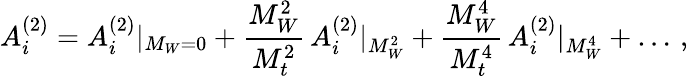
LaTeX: A_{i}^{(2)}=A_{i}^{(2)}|_{M_{W}=0}+{\frac{M_{W}^{2}}{M_{t}^{2}}}\, A_{i}^{(2)}|_{M_{W}^{2}}+{\frac{M_{W}^{4}}{M_{t}^{4}}}\, A_{i}^{(2)}|_{M_{W}^{4}}+\ldots\, ,